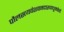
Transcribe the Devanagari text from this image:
पौलस्त्यवंशवनदारुणधूमकेतो